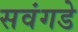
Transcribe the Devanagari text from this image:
सवंगडे